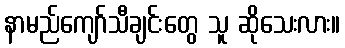
နာမည်ကျော်သီချင်းတွေ သူ ဆိုသေးလား။